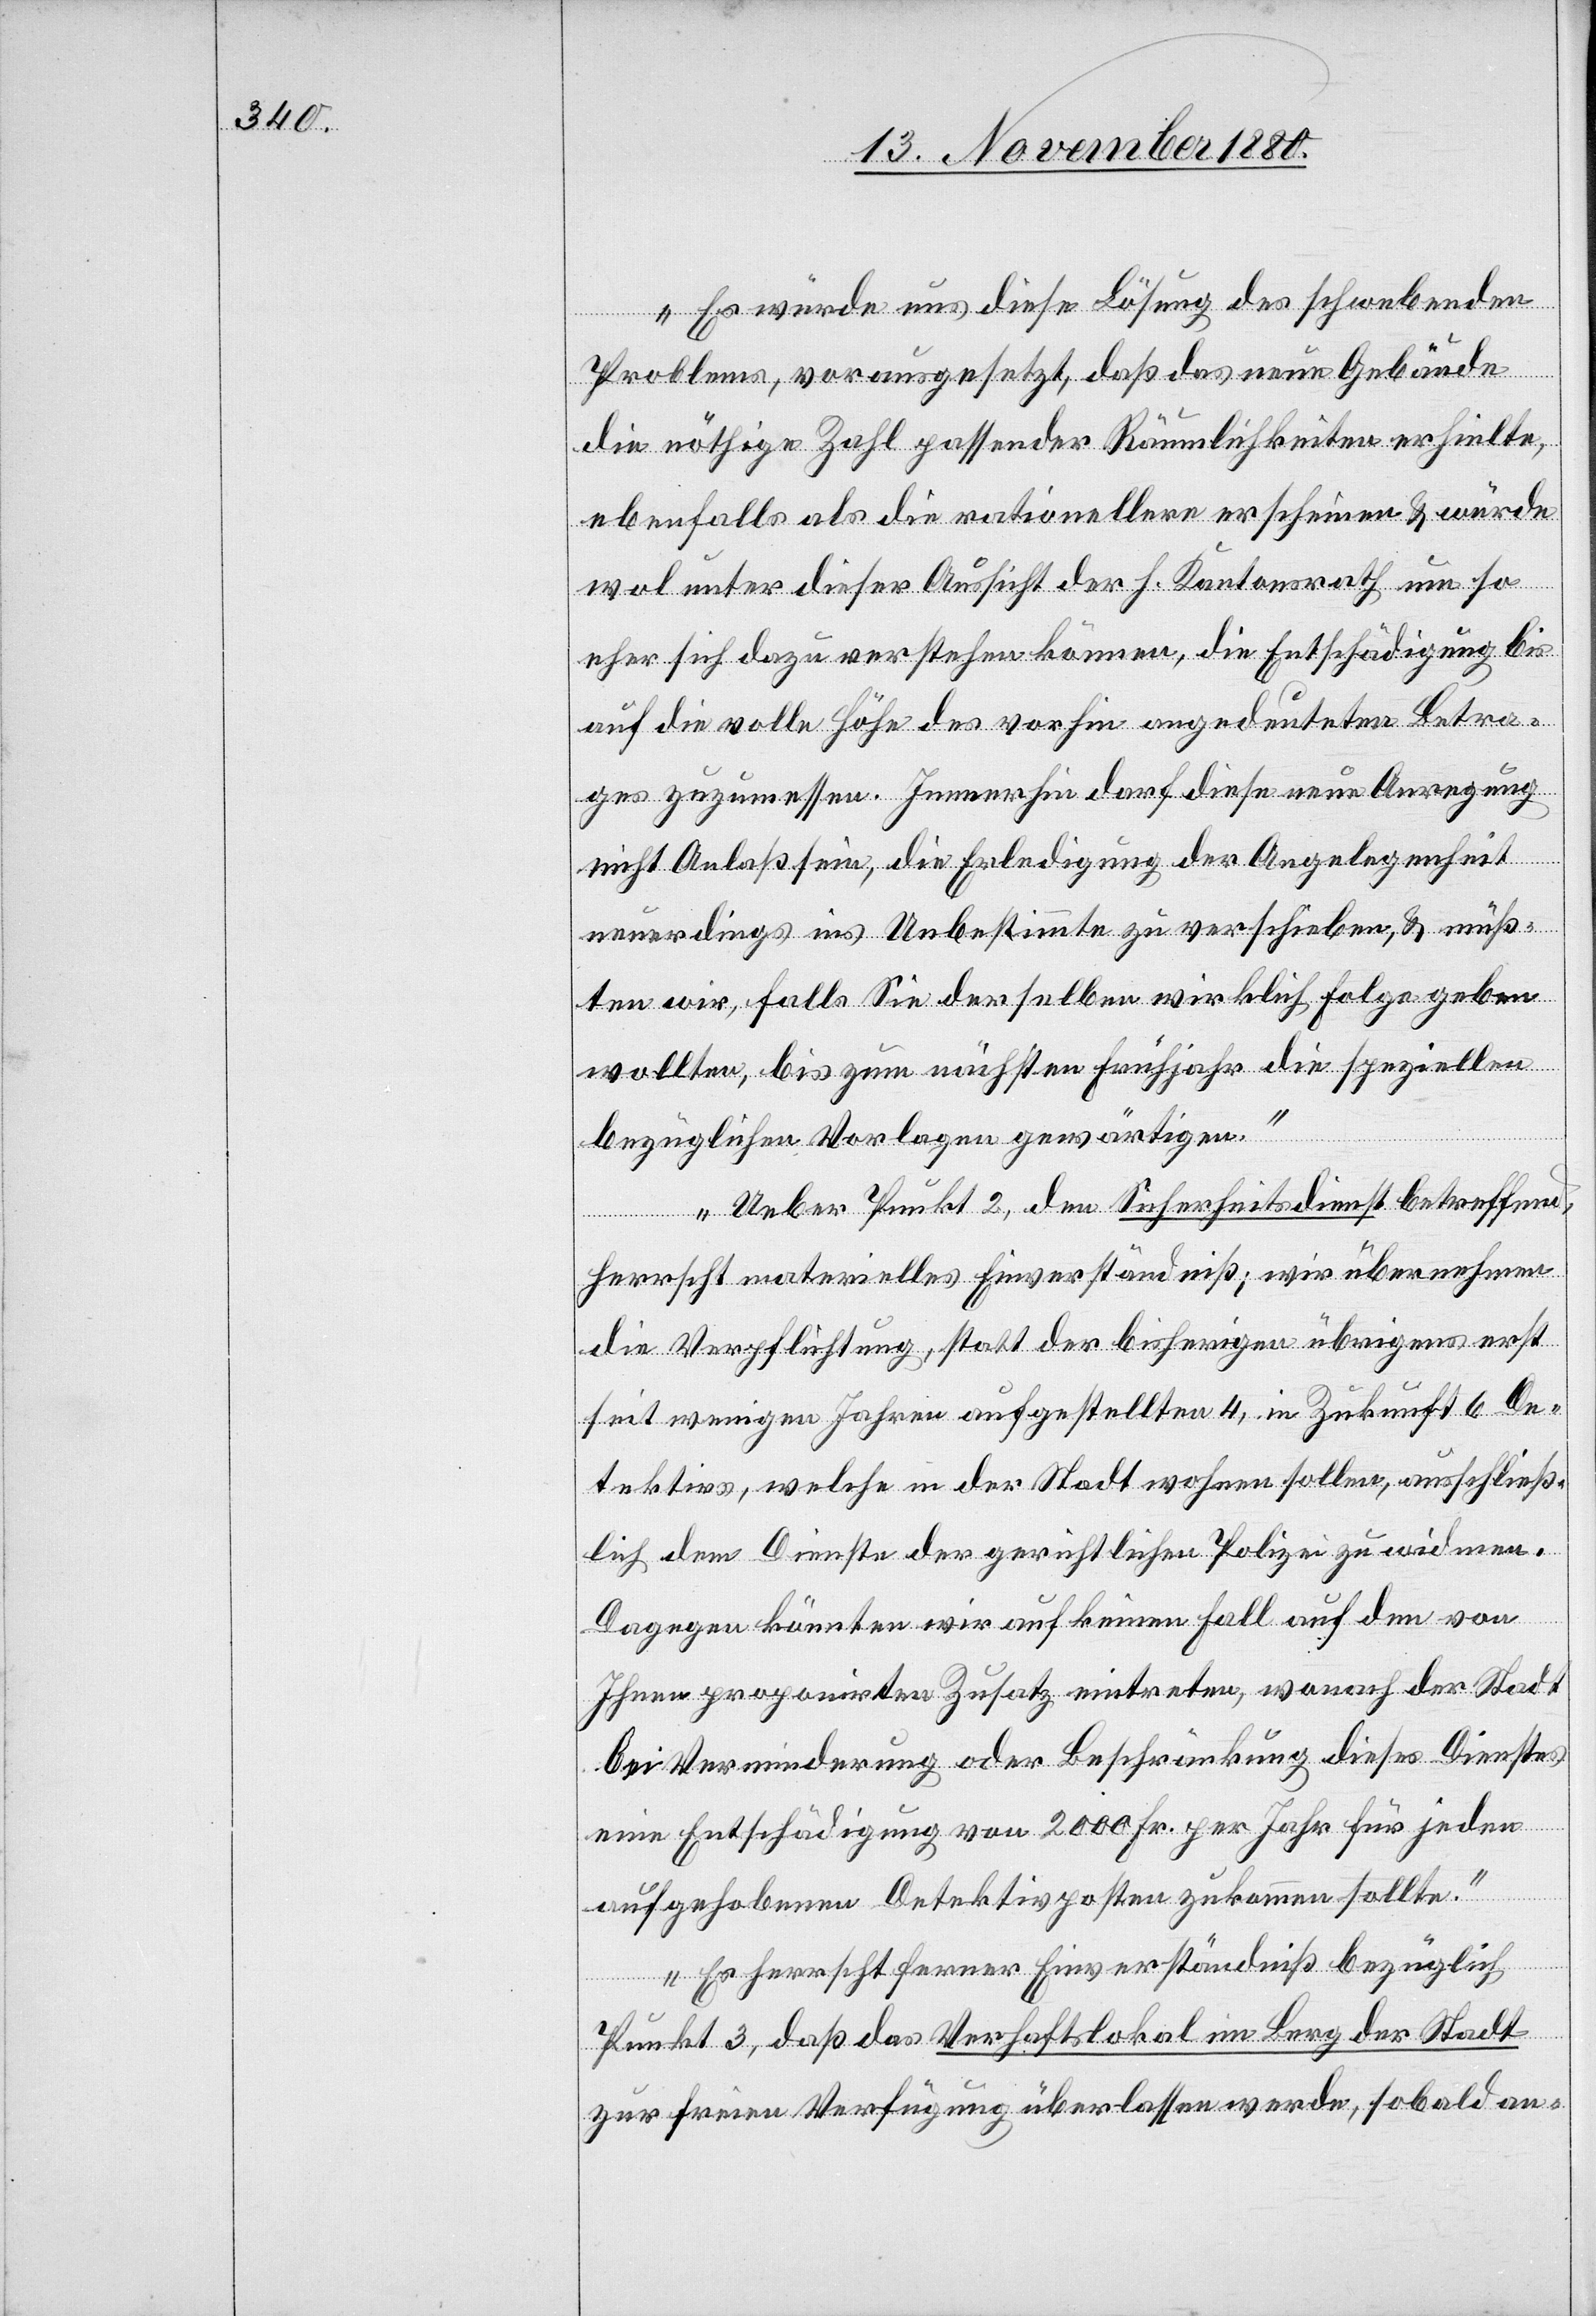
Es würde uns diese Lösung des schwebenden
Problems, vorausgesetzt, daß das neue Gebäude
die nöthige Zahl passender Räumlichkeiten erhielte
ebenfalls als die rationellere erscheinen & würde
wol unter dieser Aussicht der h. Kantonsrath um so
eher sich dazu verstehen können, die Entschädigung bis
auf die volle Höhe des vorhin angedeuteten Betra¬
ges zugemessen. Immerhin darf diese neue Anregung
nicht Anlaß sein, die Erledigung der Angelegenheit
neuerdings ins Unbestimmte zu verschieben, & muß¬
ten wir, falls Sie derselben wirklich Folge geben
wollten, bis zum nächsten Frühjahr die speziellen
bezüglichen Vorlagen gewärtigen.
Ueber Punkt 2 den Sicherheitsdienst betreffend
herrscht materielles Einverständniß; wir übernehmen
die Verpflichtung, statt der bisherigen übrigens erst
seit wenigen Jahren aufgestellten 4, in Zukunft 6 De¬
tektivs, welche in der Stadt wohnen sollen, ausschließ¬
lich dem Dienste der gerichtlichen Polizei zu widmen.
Dagegen könnten wir auf keinen Fall auf dem von
Ihnen proponirten Zusatz eintreten, wonach der Stadt
bei Verminderung oder Beschränkung dieses Dienstes
eine Entschädigung von 2000 Fr. per Jahr für jeden
aufgehobenen Detektivposten zukommen sollte.
Es herrscht ferner Einverständniß bezüglich
Punkt 3, daß das Verhaftslokal im Berg der Stadt
zur freien Verfügung überlassen werde, sobald an-